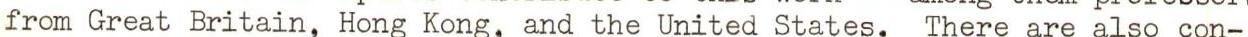
from Great Britain, Hong Kong, and the United States. There are also con-